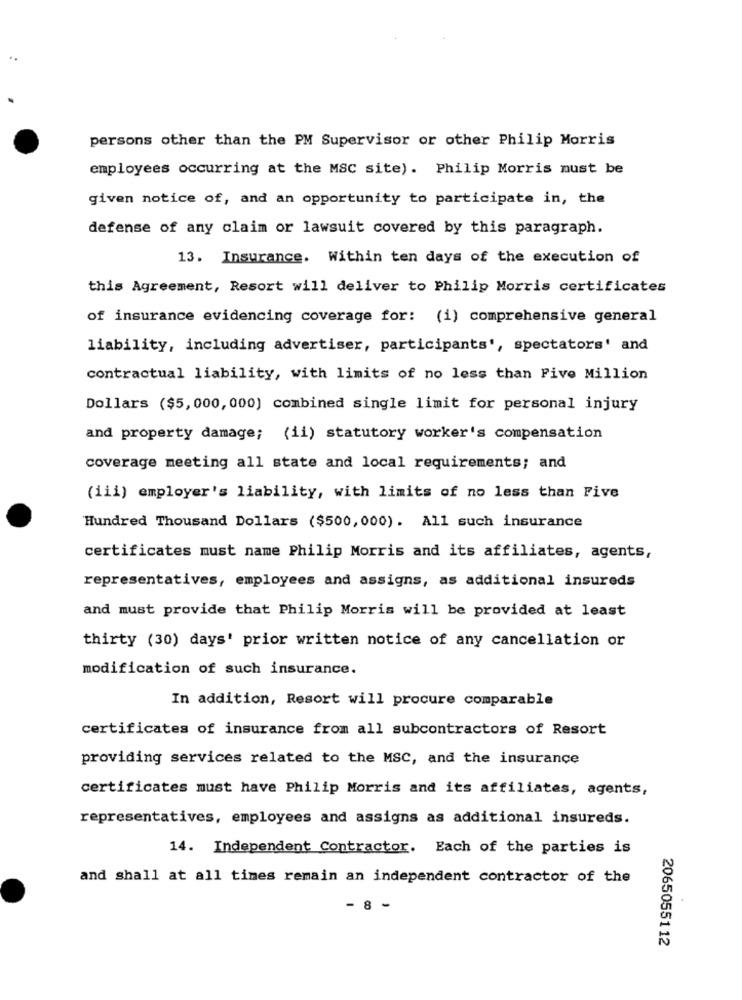
persons other than the PM Supervisor or other Philip Morris
employees occurring at the MSC site). Philip Morris must be
given notice of, and an opportunity to participate in, the
defense of any claim or lawsuit covered by this paragraph.
13. Insurance. Within ten days of the execution of
this Agreement, Resort will deliver to Philip Morris certificates
of insurance evidencing coverage for: (i) comprehensive general
liability, including advertiser, participants', spectators' and
contractual liability, with limits of no less than Five Million
Dollars ($5,000, 000) combined single limit for personal injury
and property damage; (ii) statutory worker's compensation
coverage meeting all state and local requirements; and
(iii) employer's liability, with limits of no less than Five
Hundred Thousand Dollars ($500, 000). All such insurance
certificates must name Philip Morris and its affiliates, agents,
representatives, employees and assigns, as additional insureds
and must provide that Philip Morris will be provided at least
thirty (30) days' prior written notice of any cancellation or
modification of such insurance.
In addition, Resort will procure comparable
certificates of insurance from all subcontractors of Resort
providing services related to the MSC, and the insurance
certificates must have Philip Morris and its affiliates, agents,
representatives, employees and assigns as additional insureds.
14. Independent Contractor. Each of the parties is
and shall at all times remain an independent contractor of the
- 8 -
2065055112